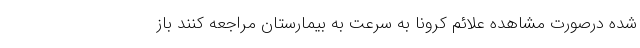
شده درصورت مشاهده علائم کرونا به سرعت به بیمارستان مراجعه کنند باز